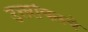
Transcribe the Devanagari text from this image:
उत्तरांचलचे